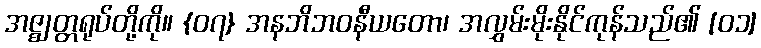
အဇ္ဈတ္တရုပ်တို့ကို။ {၀၇} အနဘိဘဝနီယတော၊ အလွှမ်းမိုးနိုင်ကုန်သည်၏ [၀၁]